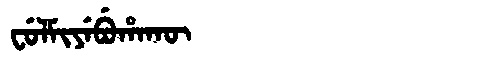
Manchu: ᠸᡠᠯᠮᡳᠶᡝᠪᡠᡥᠠᡴᡡ
Romanization: FULMIYEBUHAKŪ